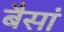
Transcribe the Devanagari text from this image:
बैसां